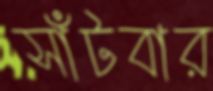
সাঁটবার